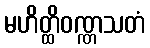
မဟိတ္ထိဝဏ္ဏသတံ